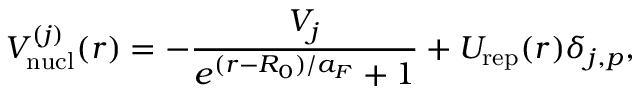
V _ { \mathrm { n u c l } } ^ { ( j ) } ( r ) = - \frac { V _ { j } } { e ^ { ( r - R _ { 0 } ) / a _ { F } } + 1 } + U _ { \mathrm { r e p } } ( r ) \delta _ { j , p } ,